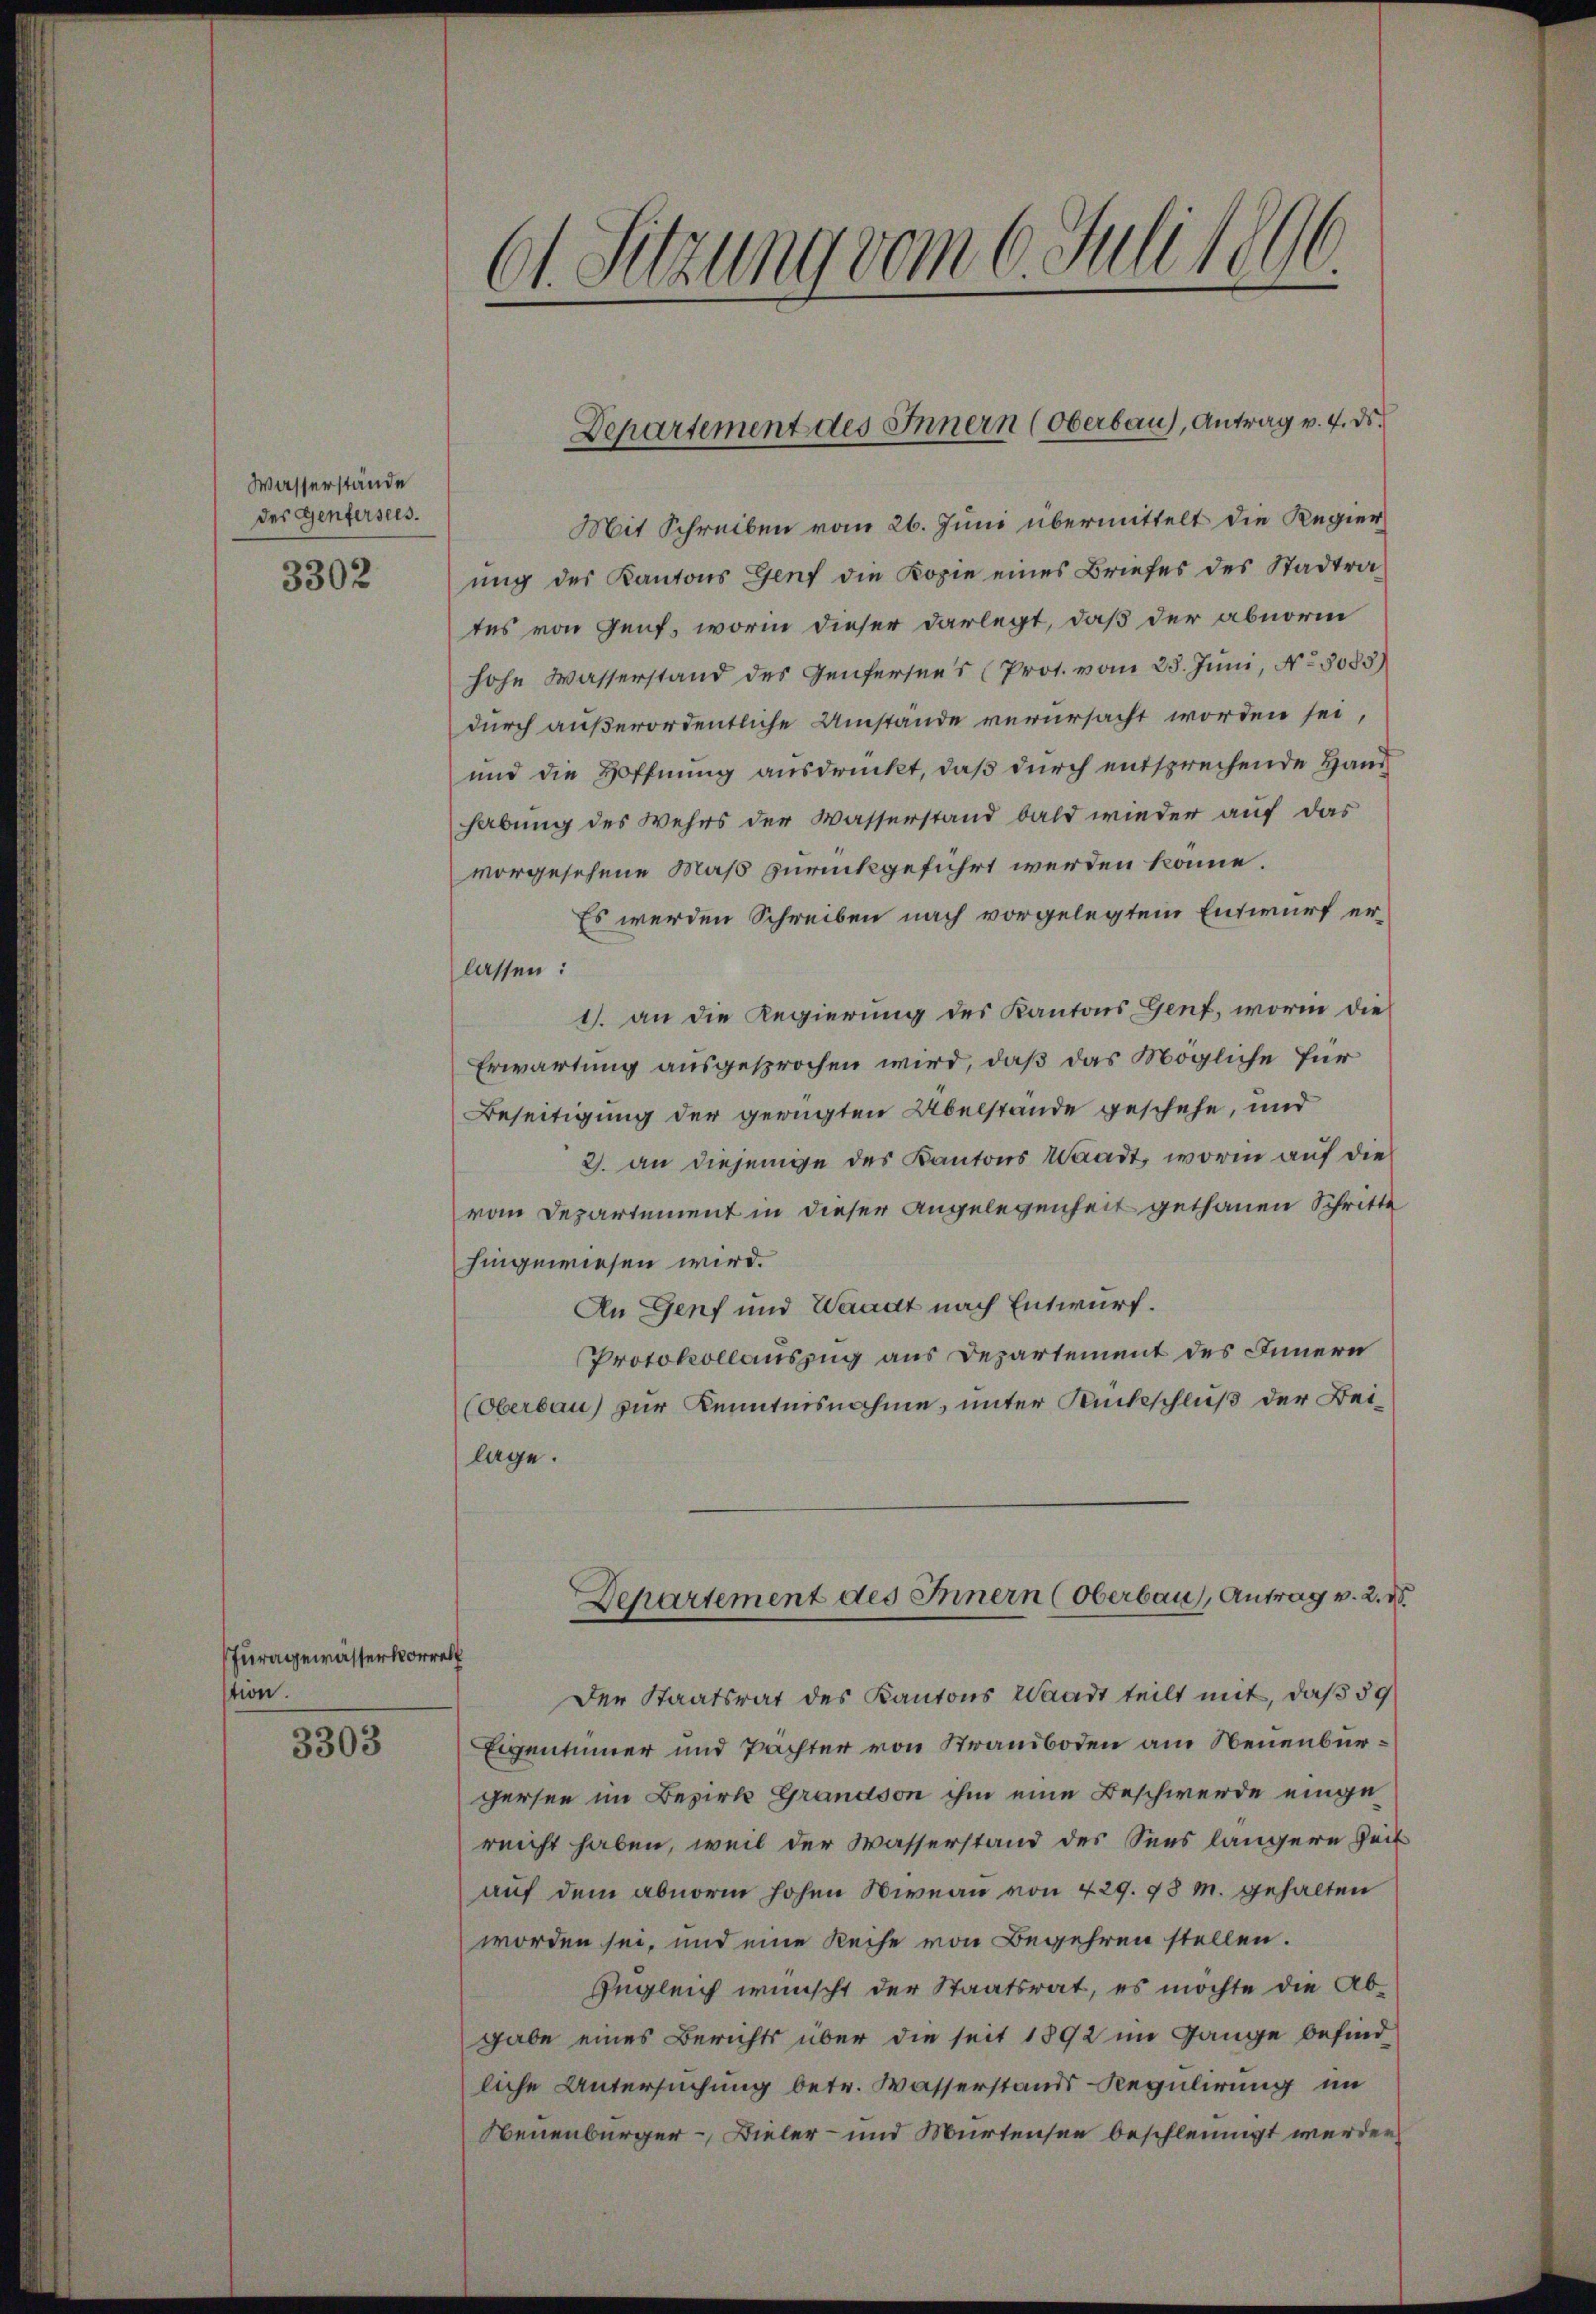
Wasserstände
der Genfersees.

3302

Juragewasservorrel
tion.

3303

Ct. Setzung vom 6. Juli 1890.

t

Mit Schreiben vom 26. Juni übermittelt die Regier
ung des Kantons Genf die Kopie eines Briefes des Stadtrates von Genf, worin dieser darlegt, daß der abnorm
hohe Wasserstand des Genfersees (Prot. vom 28. Juni, No 3083)
durch außerordentliche Umstände verursacht worden sei,
und die Hoffnung ausdrückt, daß durch entsprechende Hand
habung des Wehrs der Wasserstand bald wieder auf das
vorgesehene Maß zurückgeführt werden könne.
Es werden Schreiben nach vorgelegtem Entwurf erlassen:
1. an die Regierung des Kantons Genf, worin die
Erwartung ausgesprochen wird, daß das Mögliche für
Beseitigung der gerügten Übelstände geschehe, und
2. an diejenige des Kantons Waadt, worin auf die
vom Departement in dieser Angelegenheit gethanen Schritte
hingewiesen wird.
An Genf und Waadt nach Entwurf.
Protokollauszug aus Departement des Innern
(Oberbau) zur Kenntnisnahme, unter Rückschluß der Beilage.
Departement des Innern (Oberbau), Antrag v. 2. X.
Der Staatsrat des Kantons Waadt teilt mit, daß 59
Eigentümer und Pächter von Strandboden am Neuenburgersee im Bezirk Grandson ihm eine Beschwerde eingereicht haben, weil der Wasserstand des Sees längere Zeit
auf dem abnorm hohen Niveau von 429. 78 M. gehalten
worden sei, und eine Reihe von Begehren stellen.
Ingleich wünscht der Staatsrat, es möchte die Abgabe eines Berichts über die seit 1892 im Gange befind
liche Untersuchung betr. Wasserstands Regulirung im
Neuenburger – Dieler- und Murtensee beschleunigt werden

Departement des Innern (Oberbaus, Antrag v. 4. ds.